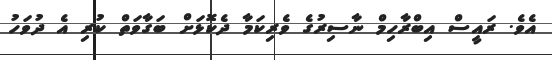
އެވެ. ރައީސް އިބްރާހިމް ނާސިރުގެ ވެރިކަމާ ދެކޮޅަށް ބަގާވަތް ކުރި އެ ދުވަހު